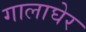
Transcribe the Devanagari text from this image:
गालाघेर